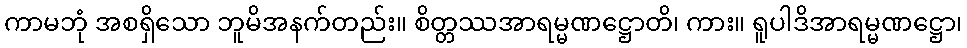
ကာမဘုံ အစရှိသော ဘူမိအနက်တည်း။ စိတ္တဿအာရမ္မဏဋ္ဌောတိ၊ ကား။ ရူပါဒိအာရမ္မဏဋ္ဌော၊